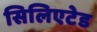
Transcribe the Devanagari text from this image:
सिलिएटेड